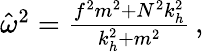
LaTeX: \begin{array}{r}{\hat{\omega}^{2}=\frac{f^{2}m^{2}+N^{2}k_{h}^{2}}{k_{h}^{2}+m^{2}}\, ,}\end{array}